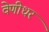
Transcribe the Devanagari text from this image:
वेणीधर